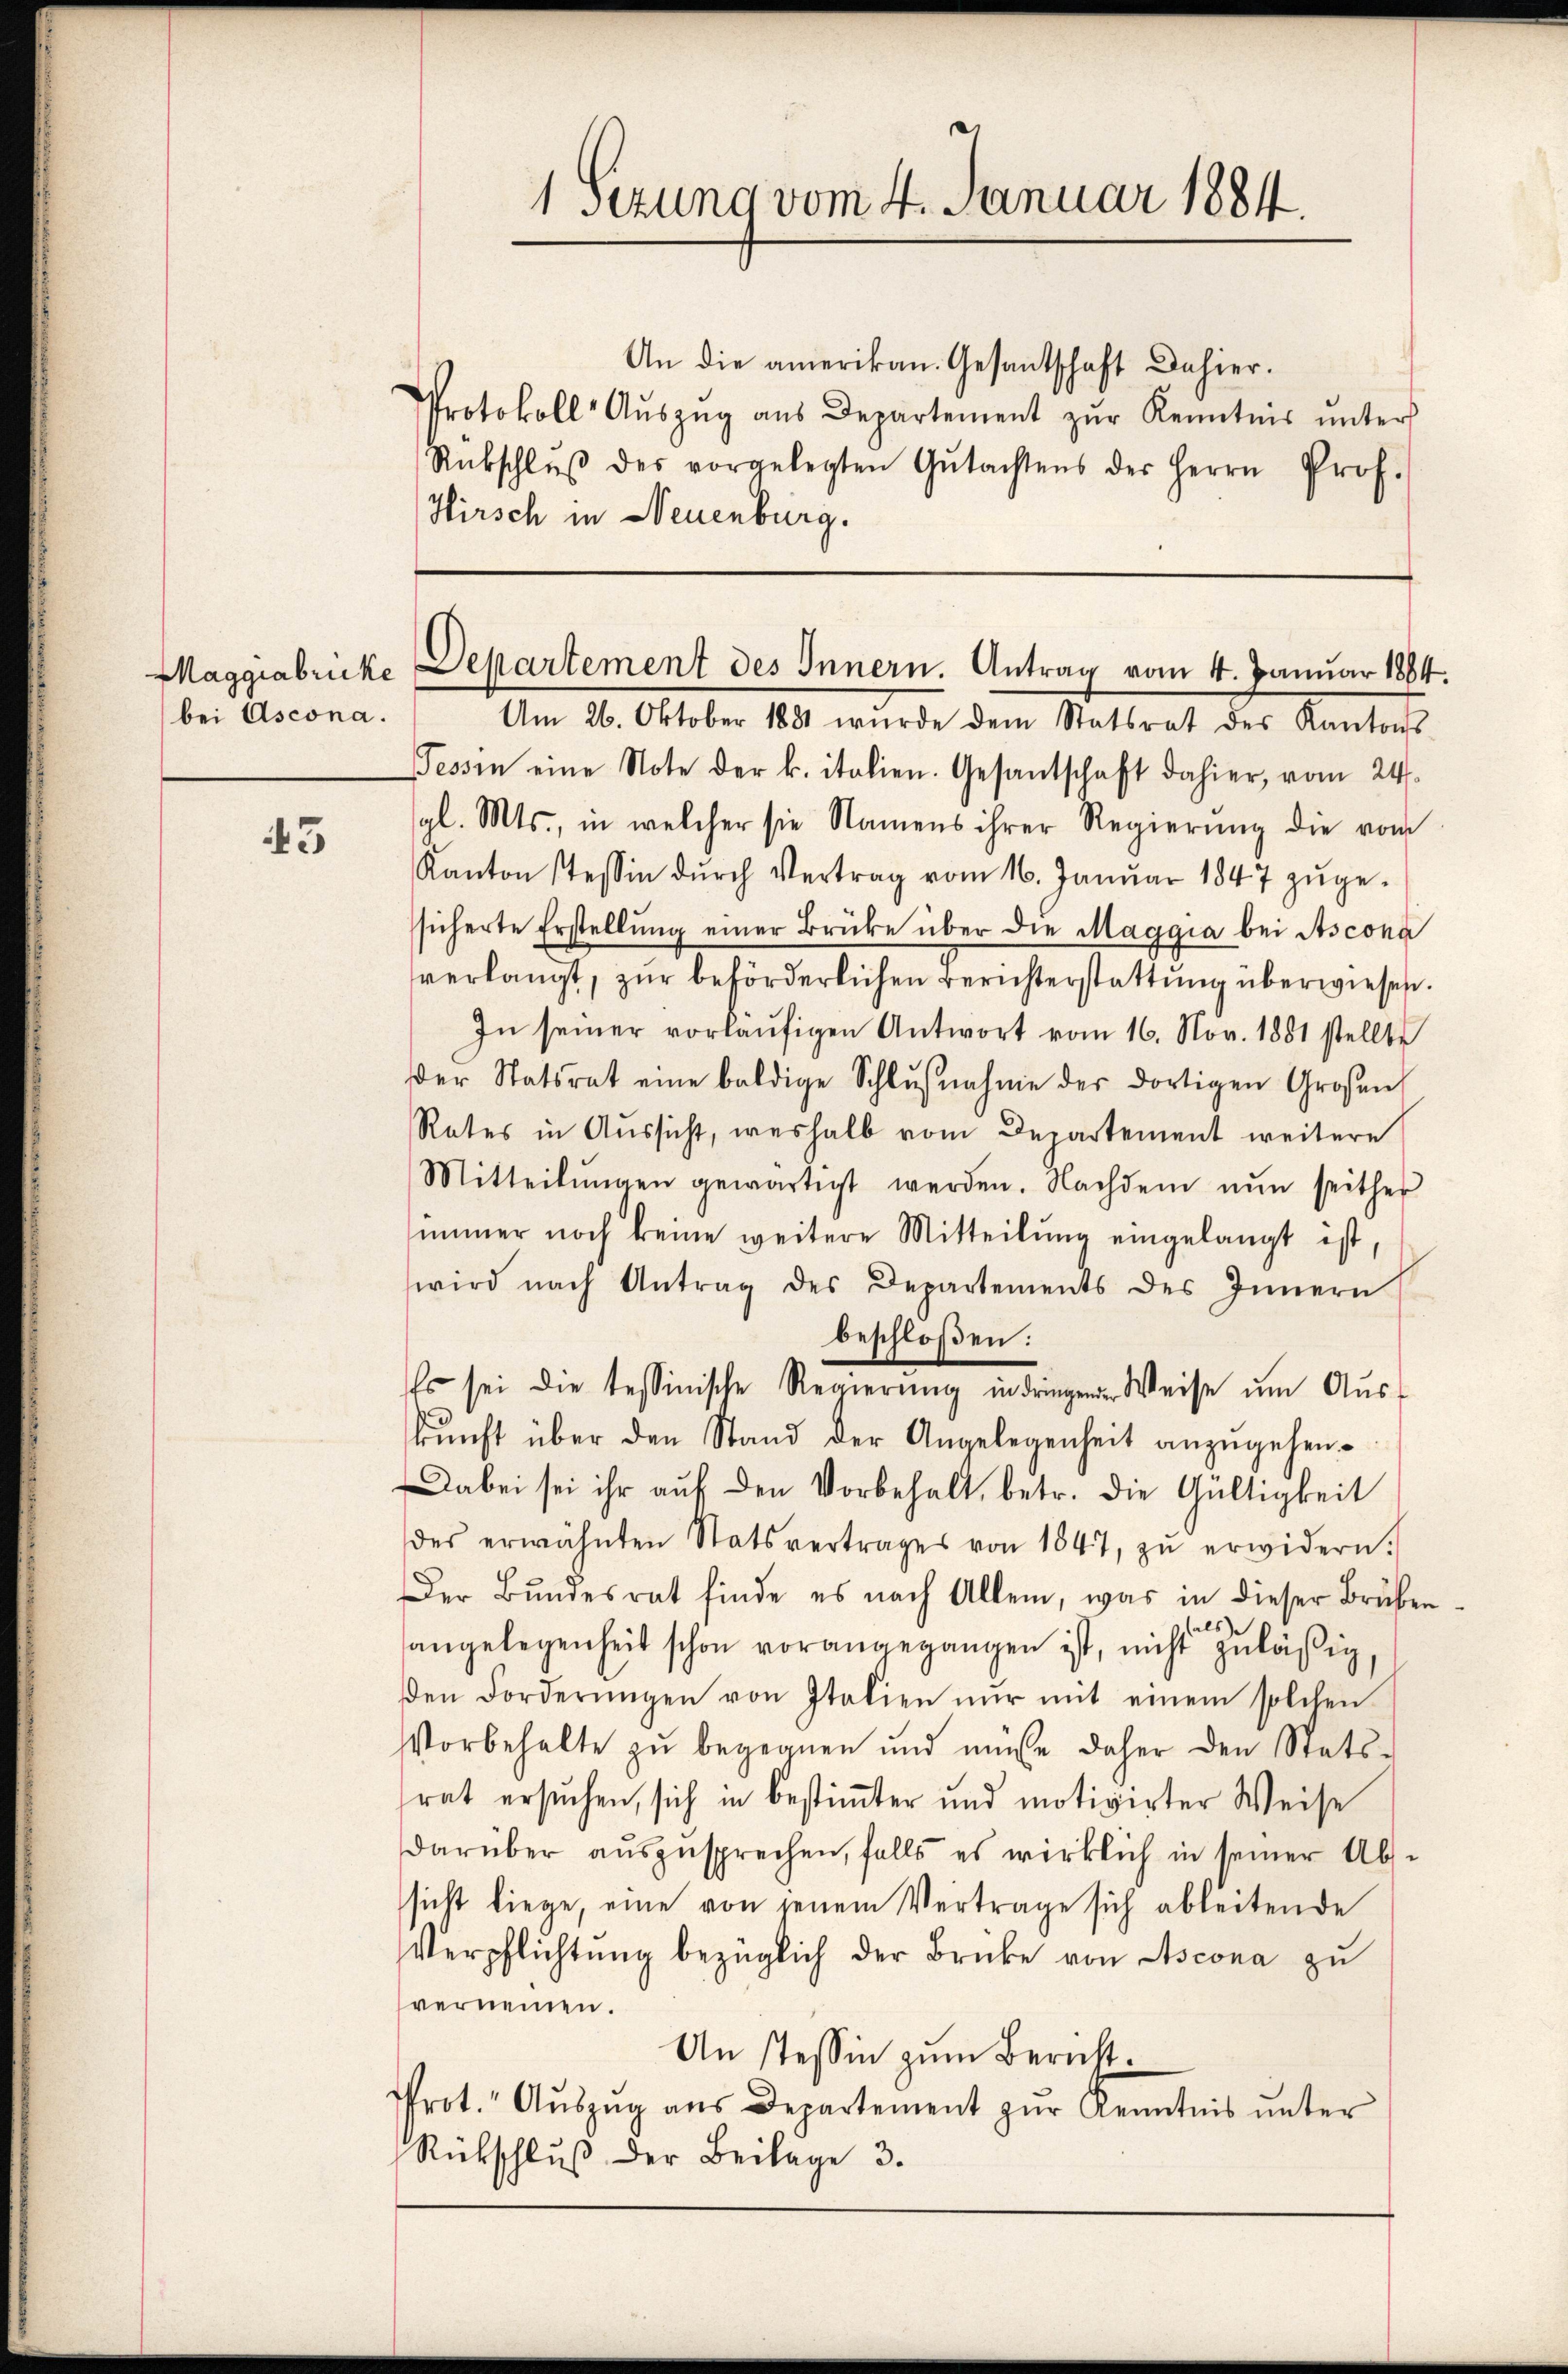
bei Ascona.

43

1 Sezung vom 4. Januar 1884.

An die amerikan. Gesantschaft dahier.
Protokoll- Aŭszŭg ans Departement zŭr Kenntnis ŭnter
Rübschlŭβ des vorgelegten Gŭtachtens der Herrn Prof.
Hirsch in Neuenburg.

Maggiabricke Departement des Innern. Antrag vom 4. Januar 1884.

Am 26. Oktober 1881 wurde dem Statsrat des Kantons-
Tessin eine Note der k. italien. Gesantschaft dahier, vom 24.
gl. Mts., in welcher sie Namens ihrer Regierŭng die vom
Kanton stessen dŭrch Vertrag vom 16. Janŭar 1847 zŭge-
sicherte Erstellŭng einer Brüke über die Maggia bei Ascona
verlangt, zur beförderlichen Berichterstattung überwiesen.
In seiner vorläŭfigen Antwort vom 16. Nov. 1881 stellte
Der Statsrat eine baldige Schlŭβnahme der dortigen Großen
Rates in Aussicht, weshalb vom Departement weitere
Mitteilŭngen gewärtigt werden. Nachdem nŭn seither
immer noch keine weitere Mitteilung eingelangt ist,
wird nach Antrag des Departements des Innern
beschloßen:
Es sei die tessinische Regierŭng in dringen Weise ŭm Aŭs-
kŭnft über den Stand der Angelegenheit anzŭgehen.
Dabei sei ihr auf den Vorbehalt, betr. die Gültigkeit
des erwähnten Statsvertrages von 1847, zŭ erwidern.
Der Bundesrat finde es nach Allem, was in dieser Bruben
angelegenheit schon vorangegangen ist, nicht zuläßig,
den Forderŭngen von Italien nŭr mit einem solchen
Vorbehalte zu begegnen und müsse daher den Stats-
rat ersuchen, sich in bestimter und motivirter Weise
darüber auszusprechen, falls es wirklich in seiner Abssicht liege, eine von jenem Vertrage sich ableitende
Verpflichtung bezüglich der Brücke von Ascona zu
vernennen.
An Tessin zum Bericht.
rot. Aŭszŭg aŭs Departement zŭr Kenntnis ŭnter
Rückschluß der Beilage 3.